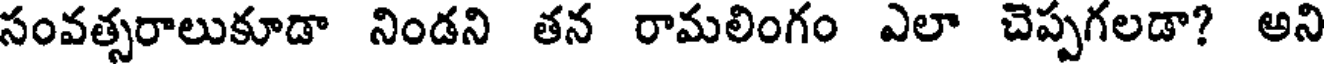
సంవత్సరాలుకూడా నిండని తన రామలింగం ఎలా చెప్పగలడా? అని